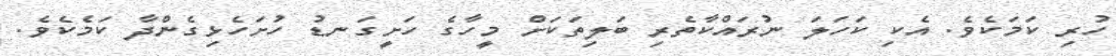
ހުރި ކަމަކެވެ. އެކި ކަހަލަ ނުރައްކާތެރި ބަލިތަކަށް މީހާގެ ހަށީގަނޑު ހުށަހެޅިގެންދާ ކަމެކެވެ.